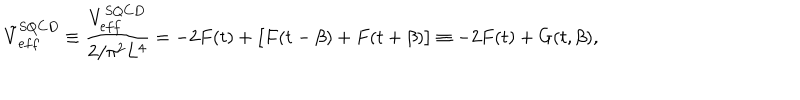
LaTeX: { \tilde { V } } _ { e f f } ^ { S Q C D } \equiv { \frac { V _ { e f f } ^ { S Q C D } } { 2 / \pi ^ { 2 } L ^ { 4 } } } = - 2 F ( t ) + \bigl [ F ( t - \beta ) + F ( t + \beta ) \bigr ] \equiv - 2 F ( t ) + G ( t , \beta ) ,